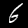
Digit: 6